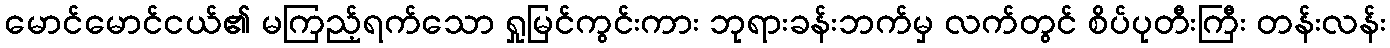
မောင်မောင်ငယ်၏ မကြည့်ရက်သော ရှုမြင်ကွင်းကား ဘုရားခန်းဘက်မှ လက်တွင် စိပ်ပုတီးကြီး တန်းလန်း